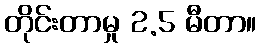
တိုင်းတာမှု 2.5 မီတာ။